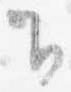
下